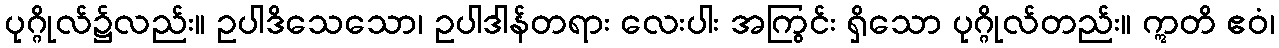
ပုဂ္ဂိုလ်၌လည်း။ ဥပါဒိသေသော၊ ဥပါဒါန်တရား လေးပါး အကြွင်း ရှိသော ပုဂ္ဂိုလ်တည်း။ ဣတိ ဧဝံ၊